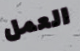
العمل